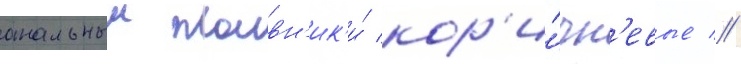
анальныи плавн'ик'и́ кор'и́чн'евые //